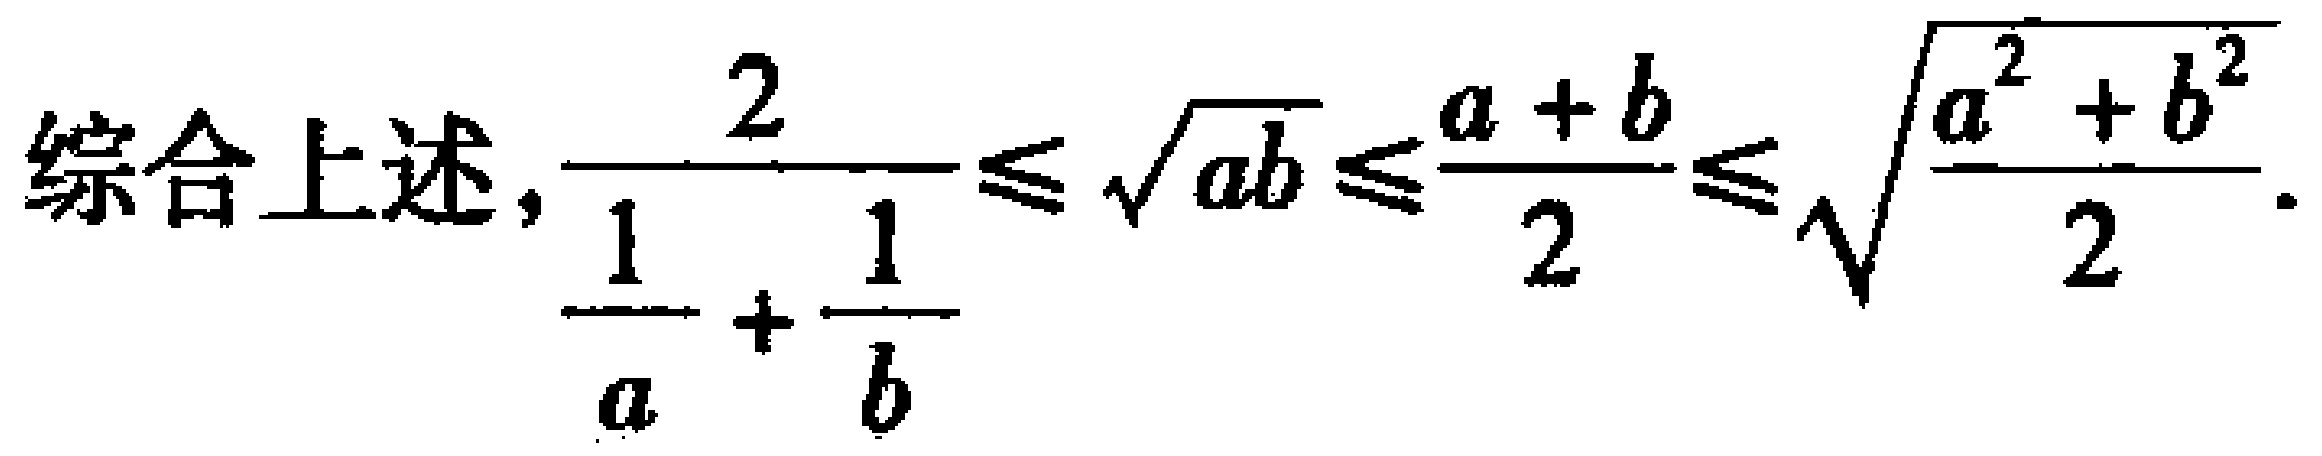
综合上述, \(\frac{2}{\frac{1}{a} + \frac{1}{b}}\leq \sqrt{ab}\leq\frac{a + b}{2}\leq \sqrt{\frac{a^{2} + b^{2}}{2}}\).